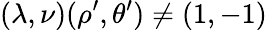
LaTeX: (\lambda,\nu)(\rho^{\prime},\theta^{\prime})\neq(1,-1)